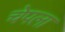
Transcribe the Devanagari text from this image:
चेपला